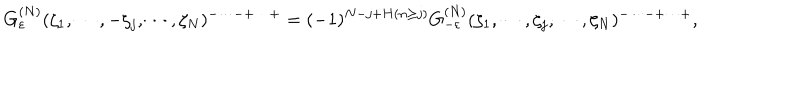
LaTeX: G _ { \varepsilon } ^ { ( N ) } ( \zeta _ { 1 } , \cdots , - \zeta _ { j } , \cdots , \zeta _ { N } ) ^ { - \cdots - + \cdots + } = ( - 1 ) ^ { N - j + H ( n \ge j ) } G _ { - \varepsilon } ^ { ( N ) } ( \zeta _ { 1 } , \cdots , \zeta _ { j } , \cdots , \zeta _ { N } ) ^ { - \cdots - + \cdots + } ,